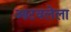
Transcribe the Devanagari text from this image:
आटवलेला